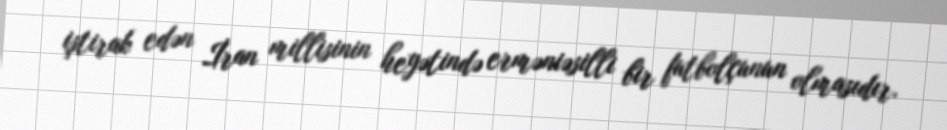
iştirak edən İran millisinin heyətində erməniəsilli bir futbolçunun olmasıdır.